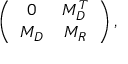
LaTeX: \left( \begin{array} { c c } { { 0 } } & { { M _ { D } ^ { T } } } \\ { { M _ { D } } } & { { M _ { R } } } \end{array} \right) ,